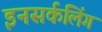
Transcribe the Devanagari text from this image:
इनसर्कलिंग